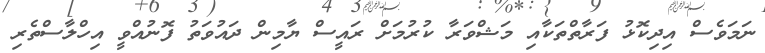
ނަމަވެސް އިދިކޮޅު ފަރާތްތަކާއި މަޝްވަރާ ކުރުމަށް ރައީސް ޔާމިން ދައުވަތު ފޮނުއްވީ އިހްލާސްތެރި